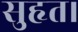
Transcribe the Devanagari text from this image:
सुहृत।